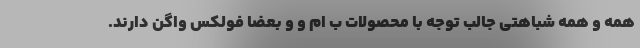
همه و همه شباهتی جالب توجه با محصولات ب ام و و بعضاً فولکس واگن دارند.